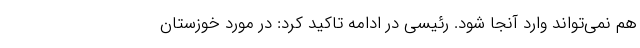
هم نمی‌تواند وارد آنجا شود. رئیسی در ادامه تاکید کرد: در مورد خوزستان